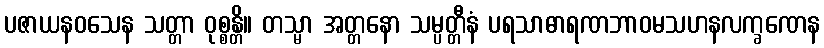
ပဇာယနဝသေန သတ္တာ ဝုစ္စန္တိ။ တသ္မာ အတ္တနော သမ္ပတ္တီနံ ပရသာဓာရဏဘာဝမသဟနလက္ခဏေန